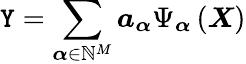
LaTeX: \boldsymbol{\mathtt{Y}}=\sum_{\boldsymbol{\alpha}\in\mathbb{{N}}^{M}}\boldsymbol{a_{\alpha}}\Psi_{\boldsymbol{\alpha}}\left(\boldsymbol{X}\right)